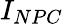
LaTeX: I_{NPC}